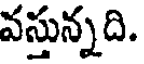
వస్తున్నది.